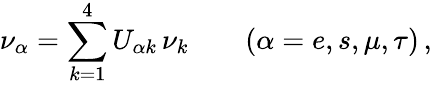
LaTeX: \nu_{\alpha}=\sum_{k=1}^{4}U_{\alpha k}\, \nu_{k}\qquad(\alpha=e,s,\mu,\tau)\, ,